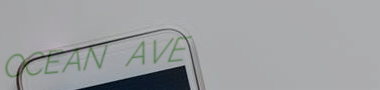
OCEAN AVE